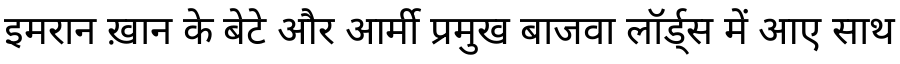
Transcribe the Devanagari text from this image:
इमरान ख़ान के बेटे और आर्मी प्रमुख बाजवा लॉर्ड्स में आए साथ